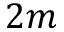
2 m